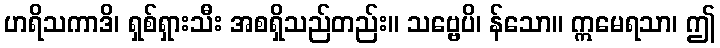
ဟရိသကာဒိ၊ ရှစ်ရှားသီး အစရှိသည်တည်း။ သဗ္ဗေပိ၊ န်သော။ ဣမေရသာ၊ ဤ